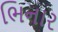
ભિનાર